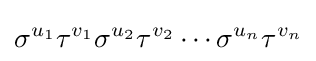
\sigma ^{u_{1}}\tau ^{v_{1}}\sigma ^{u_{2}}\tau ^{v_{2}}\cdots \sigma ^{u_{n}}\tau ^{v_{n}}